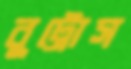
বুট্রোস